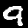
Digit: 9